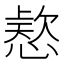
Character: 𭞗